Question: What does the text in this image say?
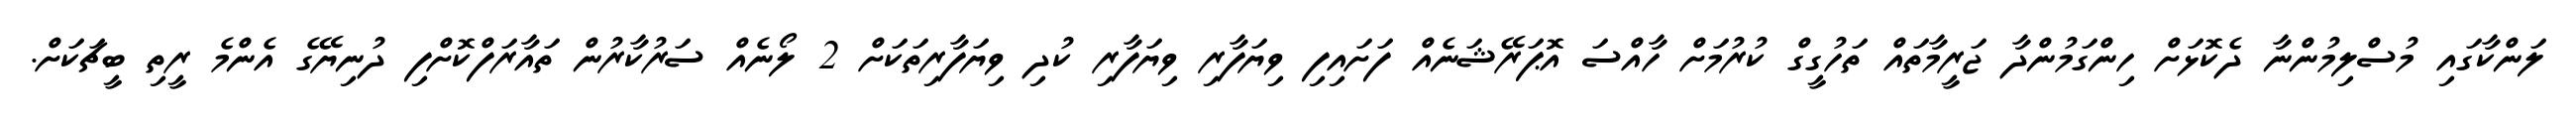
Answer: ލަންކާގައި މުސްލިމުންނާ ދެކޮޅަށް ހިންގަމުންދާ ޖަރީމާތައް ތަހުގީގް ކުރުމަށް ހާއްސަ އޮޕަރޭޝަނެއް ފަށައިފި ވިޔަފާރި ވިޔަފާރި ކުދި ވިޔަފާރިތަކަށް 2 ލޯނެއް ސަރުކާރުން ތައާރަފްކޮށްފި ދުނިޔޭގެ އެންމެ ރީތި ބީޗަކަށް.